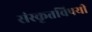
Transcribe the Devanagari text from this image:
संस्कृतविषयी